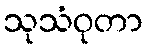
သုသံဝုတာ